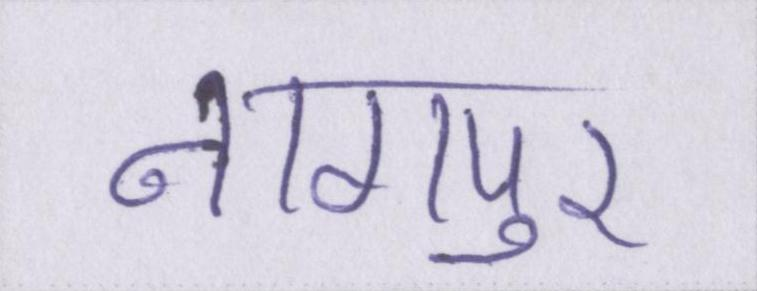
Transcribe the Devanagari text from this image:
नागपुर